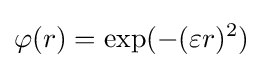
\varphi (r)=\exp(-(\varepsilon r)^{2})